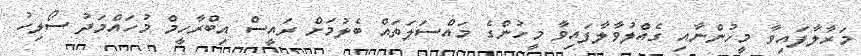
މަރާލާފައިވާ މީހުންނާއި ގެއްލުވާލާފައިވާ މީހުންގެ މައްސަލަތައް ބެލުމަށް ރައީސް އިބްރާހީމް މުހައްމަދު ސޯލިހު